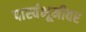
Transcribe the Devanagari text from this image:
पार्स्वभूमीवर